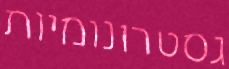
גסטרונומיות